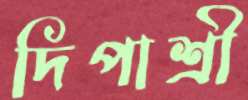
দিপাশ্রী